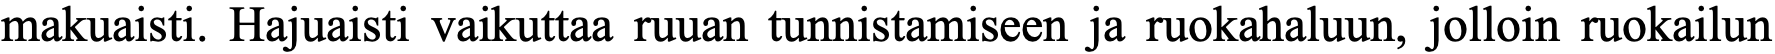
makuaisti. Hajuaisti vaikuttaa ruuan tunnistamiseen ja ruokahaluun, jolloin ruokailun